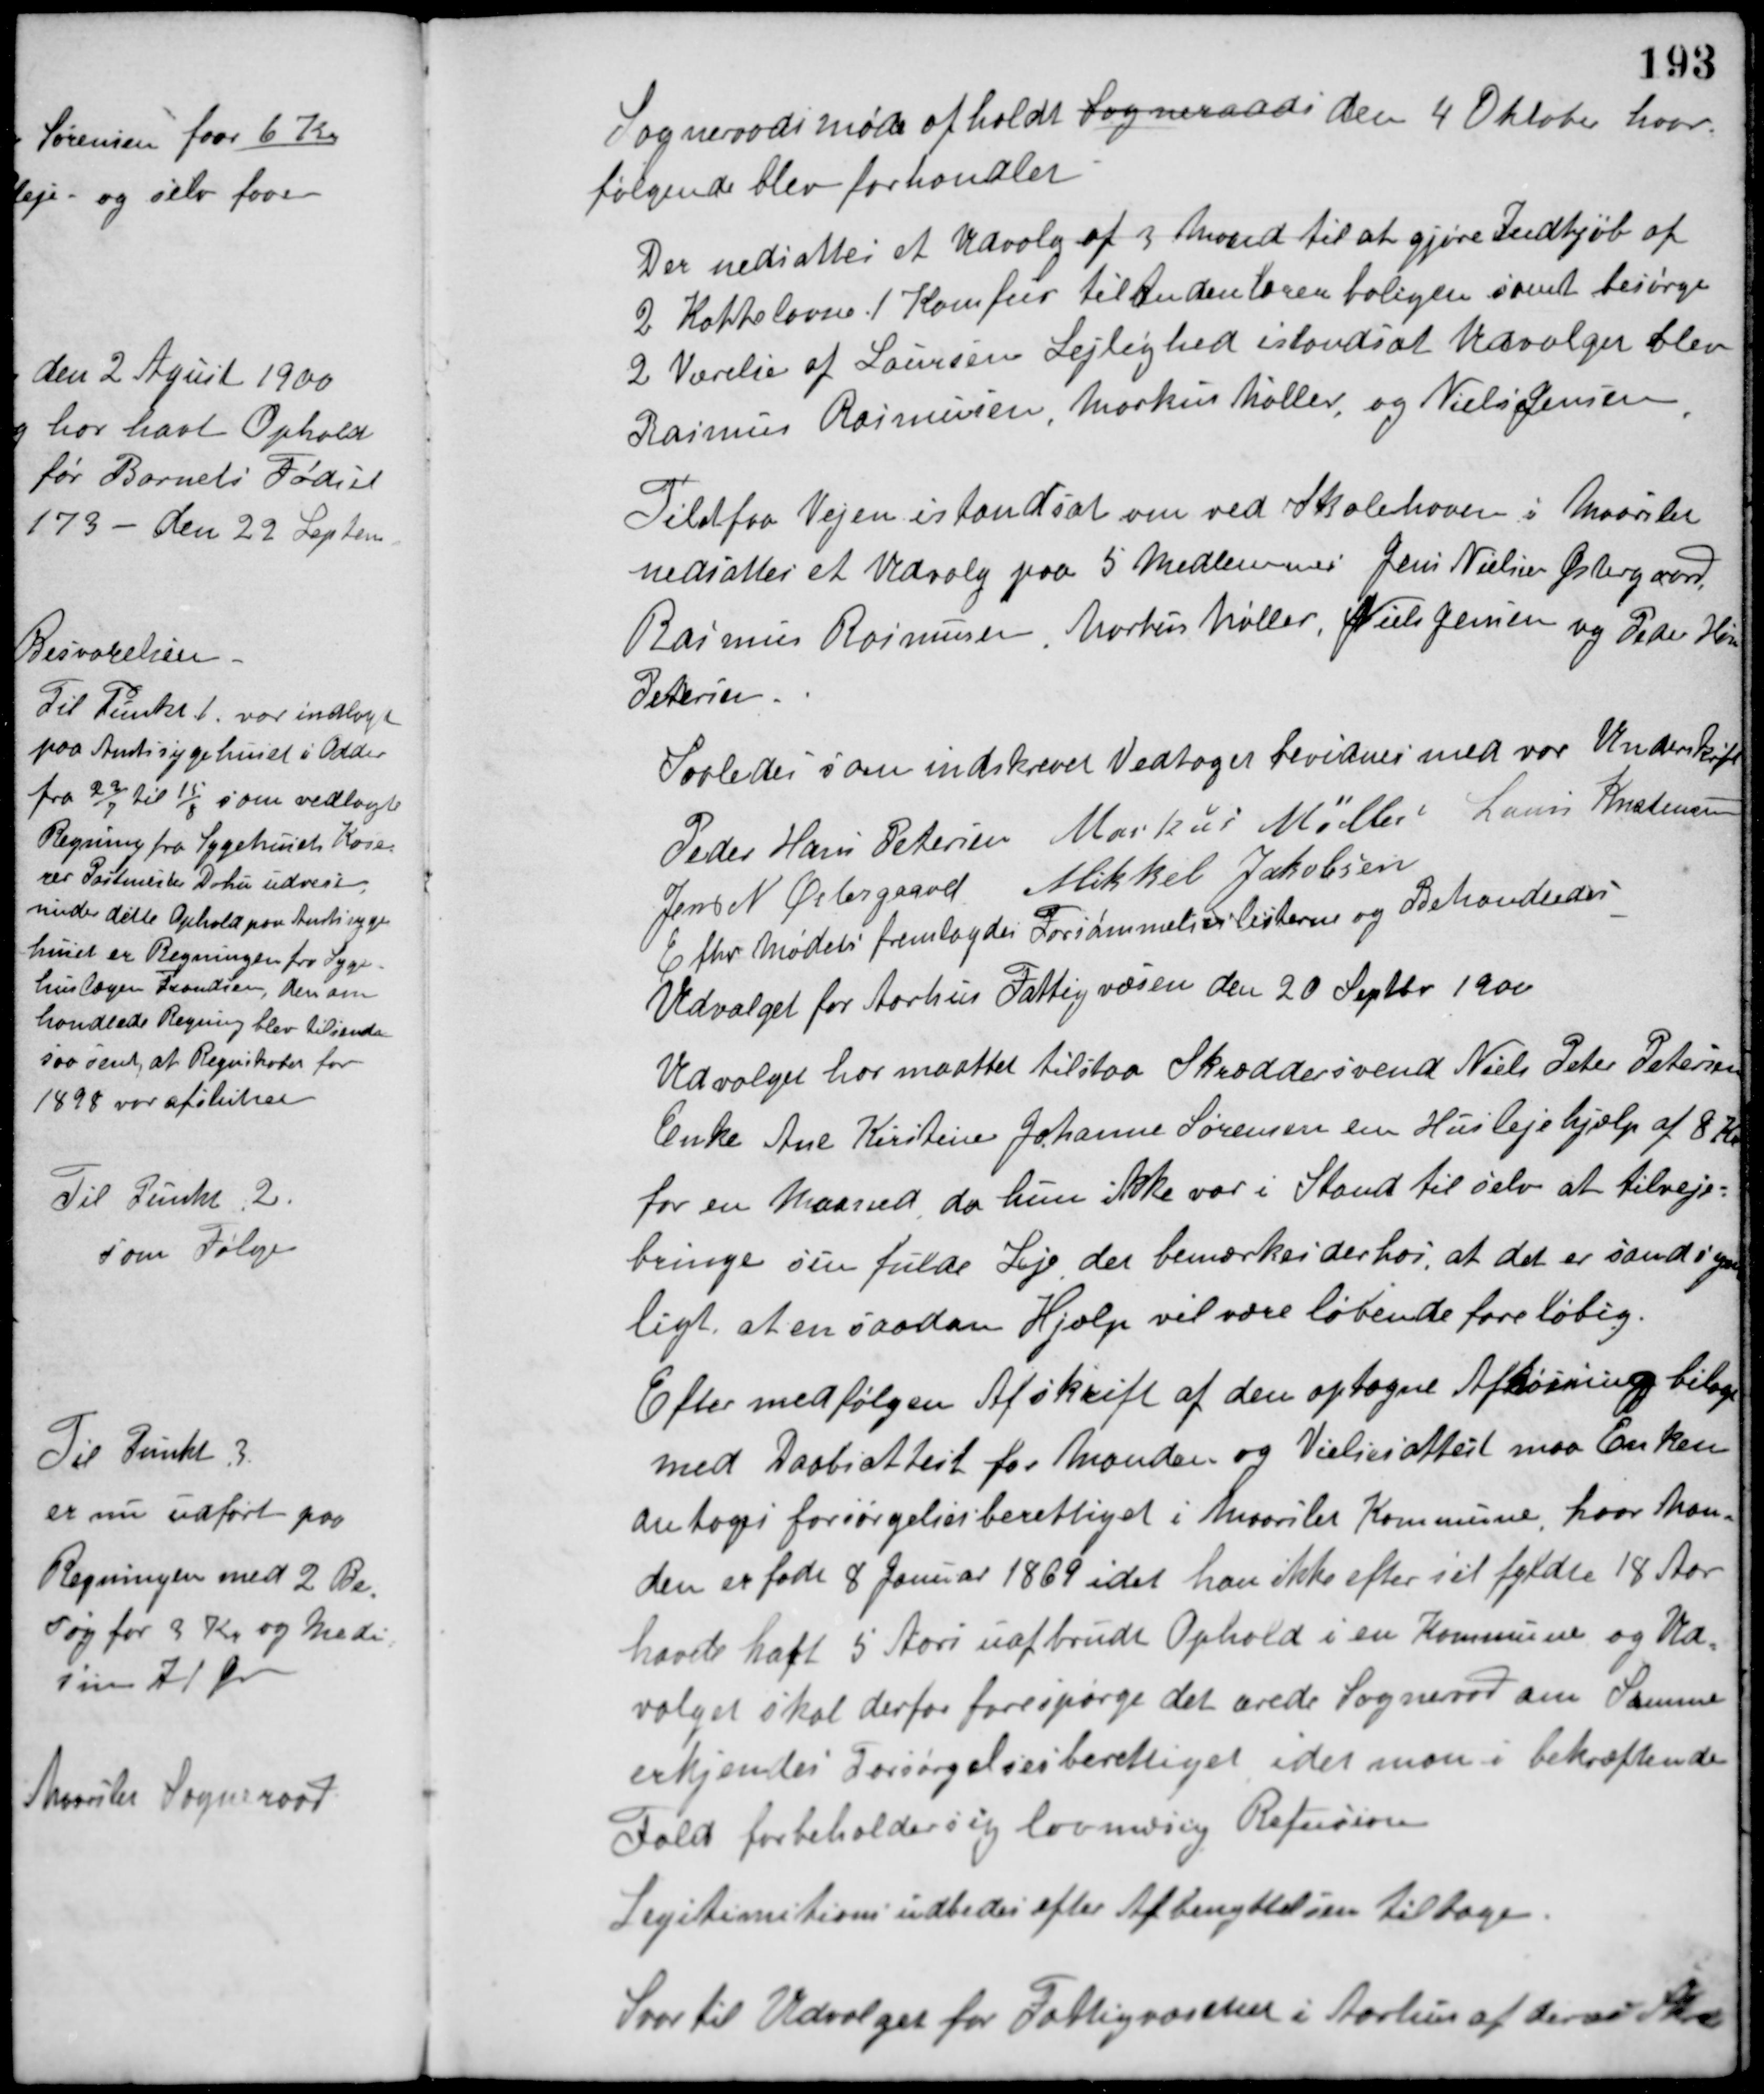
Transskription:
Sogneraadsmøde afholdt Sogneraads den 4 Oktober hvor
følgende blev forhandlet.
Der nedsattes et Udvalg af 3 Mand til at gjøre Indkjøb af
2 Kakkelovne 1 Komfur til Andenlærerboligen samt besørge
2 Værelser af Laursens Lejlighed istandsat. Udvalget blev
Rasmus Rasmussen, Markus Møller og Niels Jensen.
Til at faa Vejen istandsat om ved Skolehaven i Maarslet
nedsattes et Udvalg paa 5 Medlemmer Jens Nielsen Østergaard,
Rasmus Rasmussen, Markus Møller, Niels Jensen og Peder Hans
Petersen.
Saaledes som indskrevet Vedtaget bevidnes med vor Underskrift.
Peder Hans Petersen Markus Møller Laurs Kristensen
Jens N. Østergaard Mikkel Jakobsen
Efter Mødets fremlagdes Forsømmelseslisterne og Behandledes.
Udvalget for Aarhus Fattigvæsen den 20 Septbr. 1900
Udvalget har maattet tilstaa Skræddersvend Niels Peter Petersens
Enke Ane Kirstine Johanne Sørensen en Huslejehjælp af 8 Kr.
for en Maaned da hun ikke var i Stand til selv at tilveje-
bringe sin fulde Leje. der bemærkes derhos, at det er sandsyn-
ligt, at en saadan Hjælp vil være løbende foreløbig.
Efter medfølgen Afskrift af den optagne Afhøringsbilag
med Daabsattest for Manden og Vielsesattest maa Enken
antages forsørgelsesberettiget i Maarslet Kommune, hvor Man-
den er født 8 Januar 1869 idet han ikke efter sit fyldte 18 Aar
havde havt 5 Aars uafbrudt Ophold i en Kommune og Ud-
valget skal derfor forespørge det ærede Sogneraad om Samme
erkjendes Forsørgelsesberettiget, idet man i bekræftende
Fald forbeholder sig lovmæssig Refusion.
Legitimation udbedes efter Afbenyttelsen tilbage.
Svar til Udvalget for Fattigvæsenet i Aarhus af deres Skri-